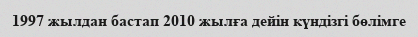
1997 жылдан бастап 2010 жылға дейін күндізгі бөлімге